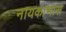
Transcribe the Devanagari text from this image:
नायकाभास